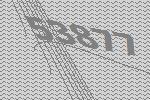
53877